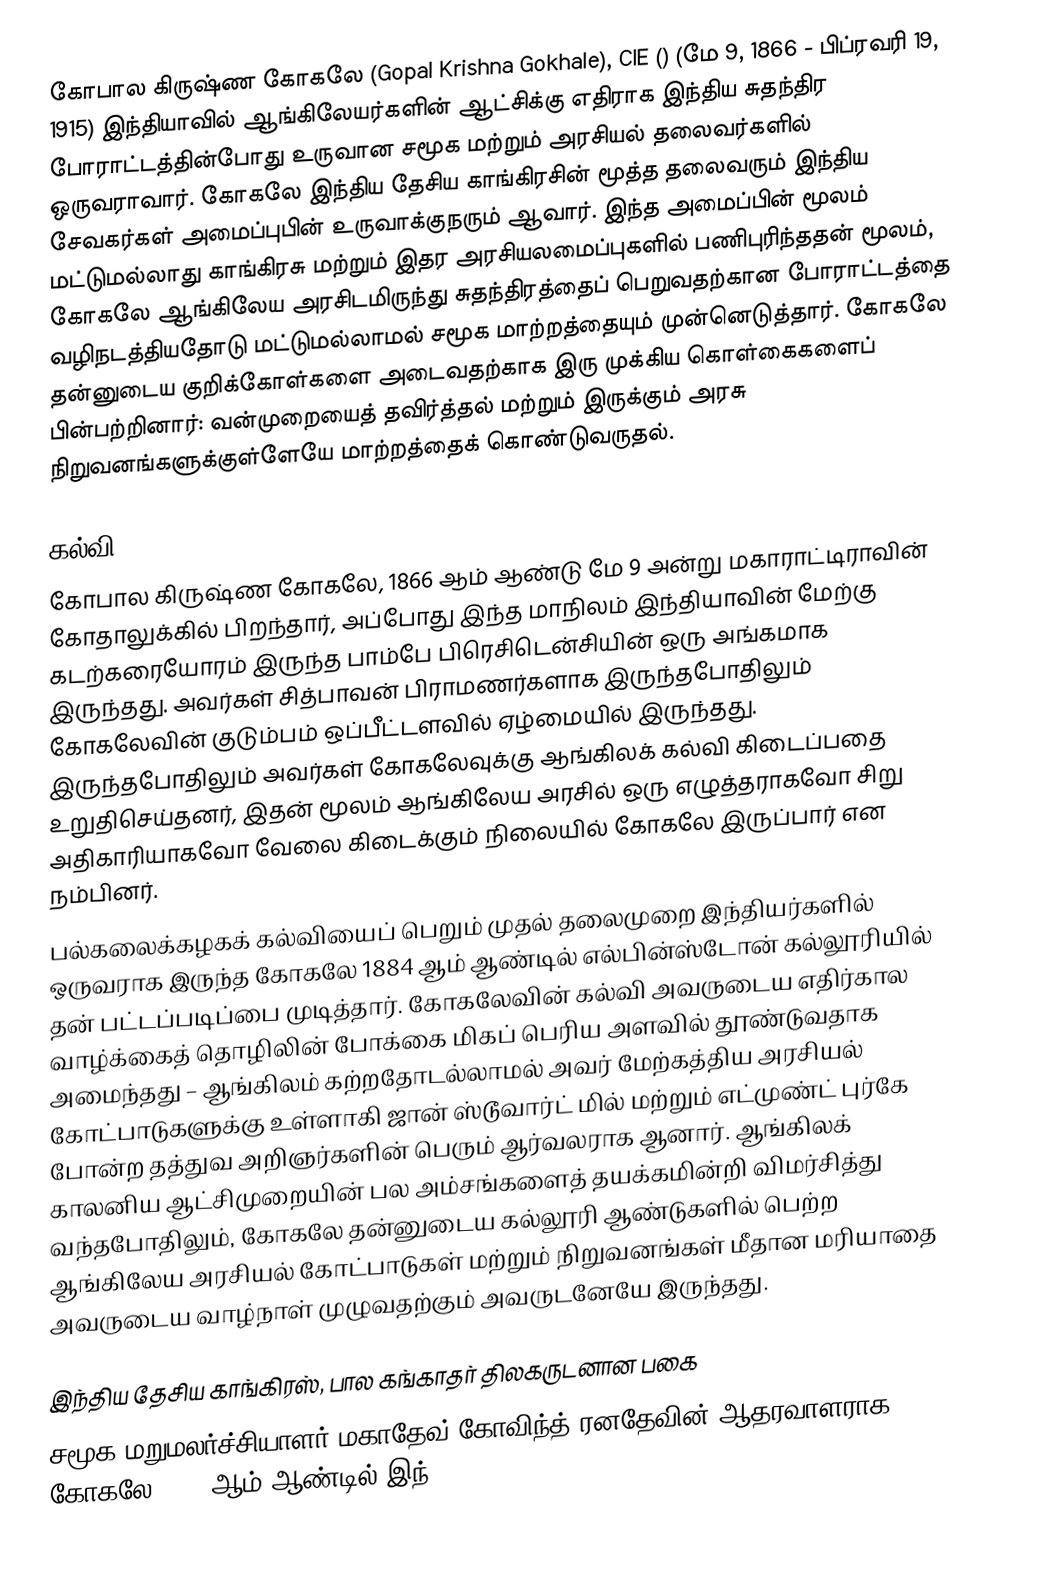
கோபால கிருஷ்ண கோகலே (Gopal Krishna Gokhale), CIE () (மே 9, 1866 - பிப்ரவரி 19, 1915) இந்தியாவில் ஆங்கிலேயர்களின் ஆட்சிக்கு எதிராக இந்திய சுதந்திர போராட்டத்தின்போது உருவான சமூக மற்றும் அரசியல் தலைவர்களில் ஒருவராவார். கோகலே இந்திய தேசிய காங்கிரசின் மூத்த தலைவரும் இந்திய சேவகர்கள் அமைப்புபின் உருவாக்குநரும் ஆவார். இந்த அமைப்பின் மூலம் மட்டுமல்லாது காங்கிரசு மற்றும் இதர அரசியலமைப்புகளில் பணிபுரிந்ததன் மூலம், கோகலே ஆங்கிலேய அரசிடமிருந்து சுதந்திரத்தைப் பெறுவதற்கான போராட்டத்தை வழிநடத்தியதோடு மட்டுமல்லாமல் சமூக மாற்றத்தையும் முன்னெடுத்தார். கோகலே தன்னுடைய குறிக்கோள்களை அடைவதற்காக இரு முக்கிய கொள்கைகளைப் பின்பற்றினார்: வன்முறையைத் தவிர்த்தல் மற்றும் இருக்கும் அரசு நிறுவனங்களுக்குள்ளேயே மாற்றத்தைக் கொண்டுவருதல்.

கல்வி:
கோபால கிருஷ்ண கோகலே, 1866 ஆம் ஆண்டு மே 9 அன்று மகாராட்டிராவின் கோதாலுக்கில் பிறந்தார், அப்போது இந்த மாநிலம் இந்தியாவின் மேற்கு கடற்கரையோரம் இருந்த பாம்பே பிரெசிடென்சியின் ஒரு அங்கமாக இருந்தது. அவர்கள் சித்பாவன் பிராமணர்களாக இருந்தபோதிலும் கோகலேவின் குடும்பம் ஒப்பீட்டளவில் ஏழ்மையில் இருந்தது. இருந்தபோதிலும் அவர்கள் கோகலேவுக்கு ஆங்கிலக் கல்வி கிடைப்பதை உறுதிசெய்தனர், இதன் மூலம் ஆங்கிலேய அரசில் ஒரு எழுத்தராகவோ சிறு அதிகாரியாகவோ வேலை கிடைக்கும் நிலையில் கோகலே இருப்பார் என நம்பினர்.
பல்கலைக்கழகக் கல்வியைப் பெறும் முதல் தலைமுறை இந்தியர்களில் ஒருவராக இருந்த கோகலே 1884 ஆம் ஆண்டில் எல்பின்ஸ்டோன் கல்லூரியில் தன் பட்டப்படிப்பை முடித்தார். கோகலேவின் கல்வி அவருடைய எதிர்கால வாழ்க்கைத் தொழிலின் போக்கை மிகப் பெரிய அளவில் தூண்டுவதாக அமைந்தது – ஆங்கிலம் கற்றதோடல்லாமல் அவர் மேற்கத்திய அரசியல் கோட்பாடுகளுக்கு உள்ளாகி ஜான் ஸ்டூவார்ட் மில் மற்றும் எட்முண்ட் புர்கே போன்ற தத்துவ அறிஞர்களின் பெரும் ஆர்வலராக ஆனார். ஆங்கிலக் காலனிய ஆட்சிமுறையின் பல அம்சங்களைத் தயக்கமின்றி விமர்சித்து வந்தபோதிலும், கோகலே தன்னுடைய கல்லூரி ஆண்டுகளில் பெற்ற ஆங்கிலேய அரசியல் கோட்பாடுகள் மற்றும் நிறுவனங்கள் மீதான மரியாதை அவருடைய வாழ்நாள் முழுவதற்கும் அவருடனேயே இருந்தது.

இந்திய தேசிய காங்கிரஸ்,  பால கங்காதர் திலகருடனான பகை
சமூக மறுமலர்ச்சியாளர் மகாதேவ் கோவிந்த் ரனதேவின் ஆதரவாளராக கோகலே 1889 ஆம் ஆண்டில் இந்